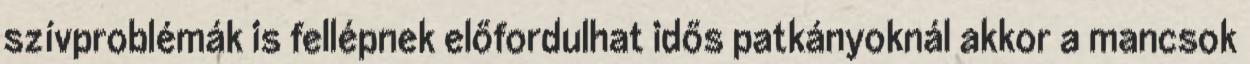
szívproblémák is fellépnek előfordulhat idős patkányoknál akkor a mancsok